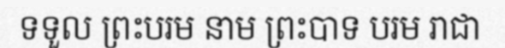
ទទួល ព្រះបរម នាម ព្រះបាទ បរម រាជា